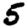
Digit: 5